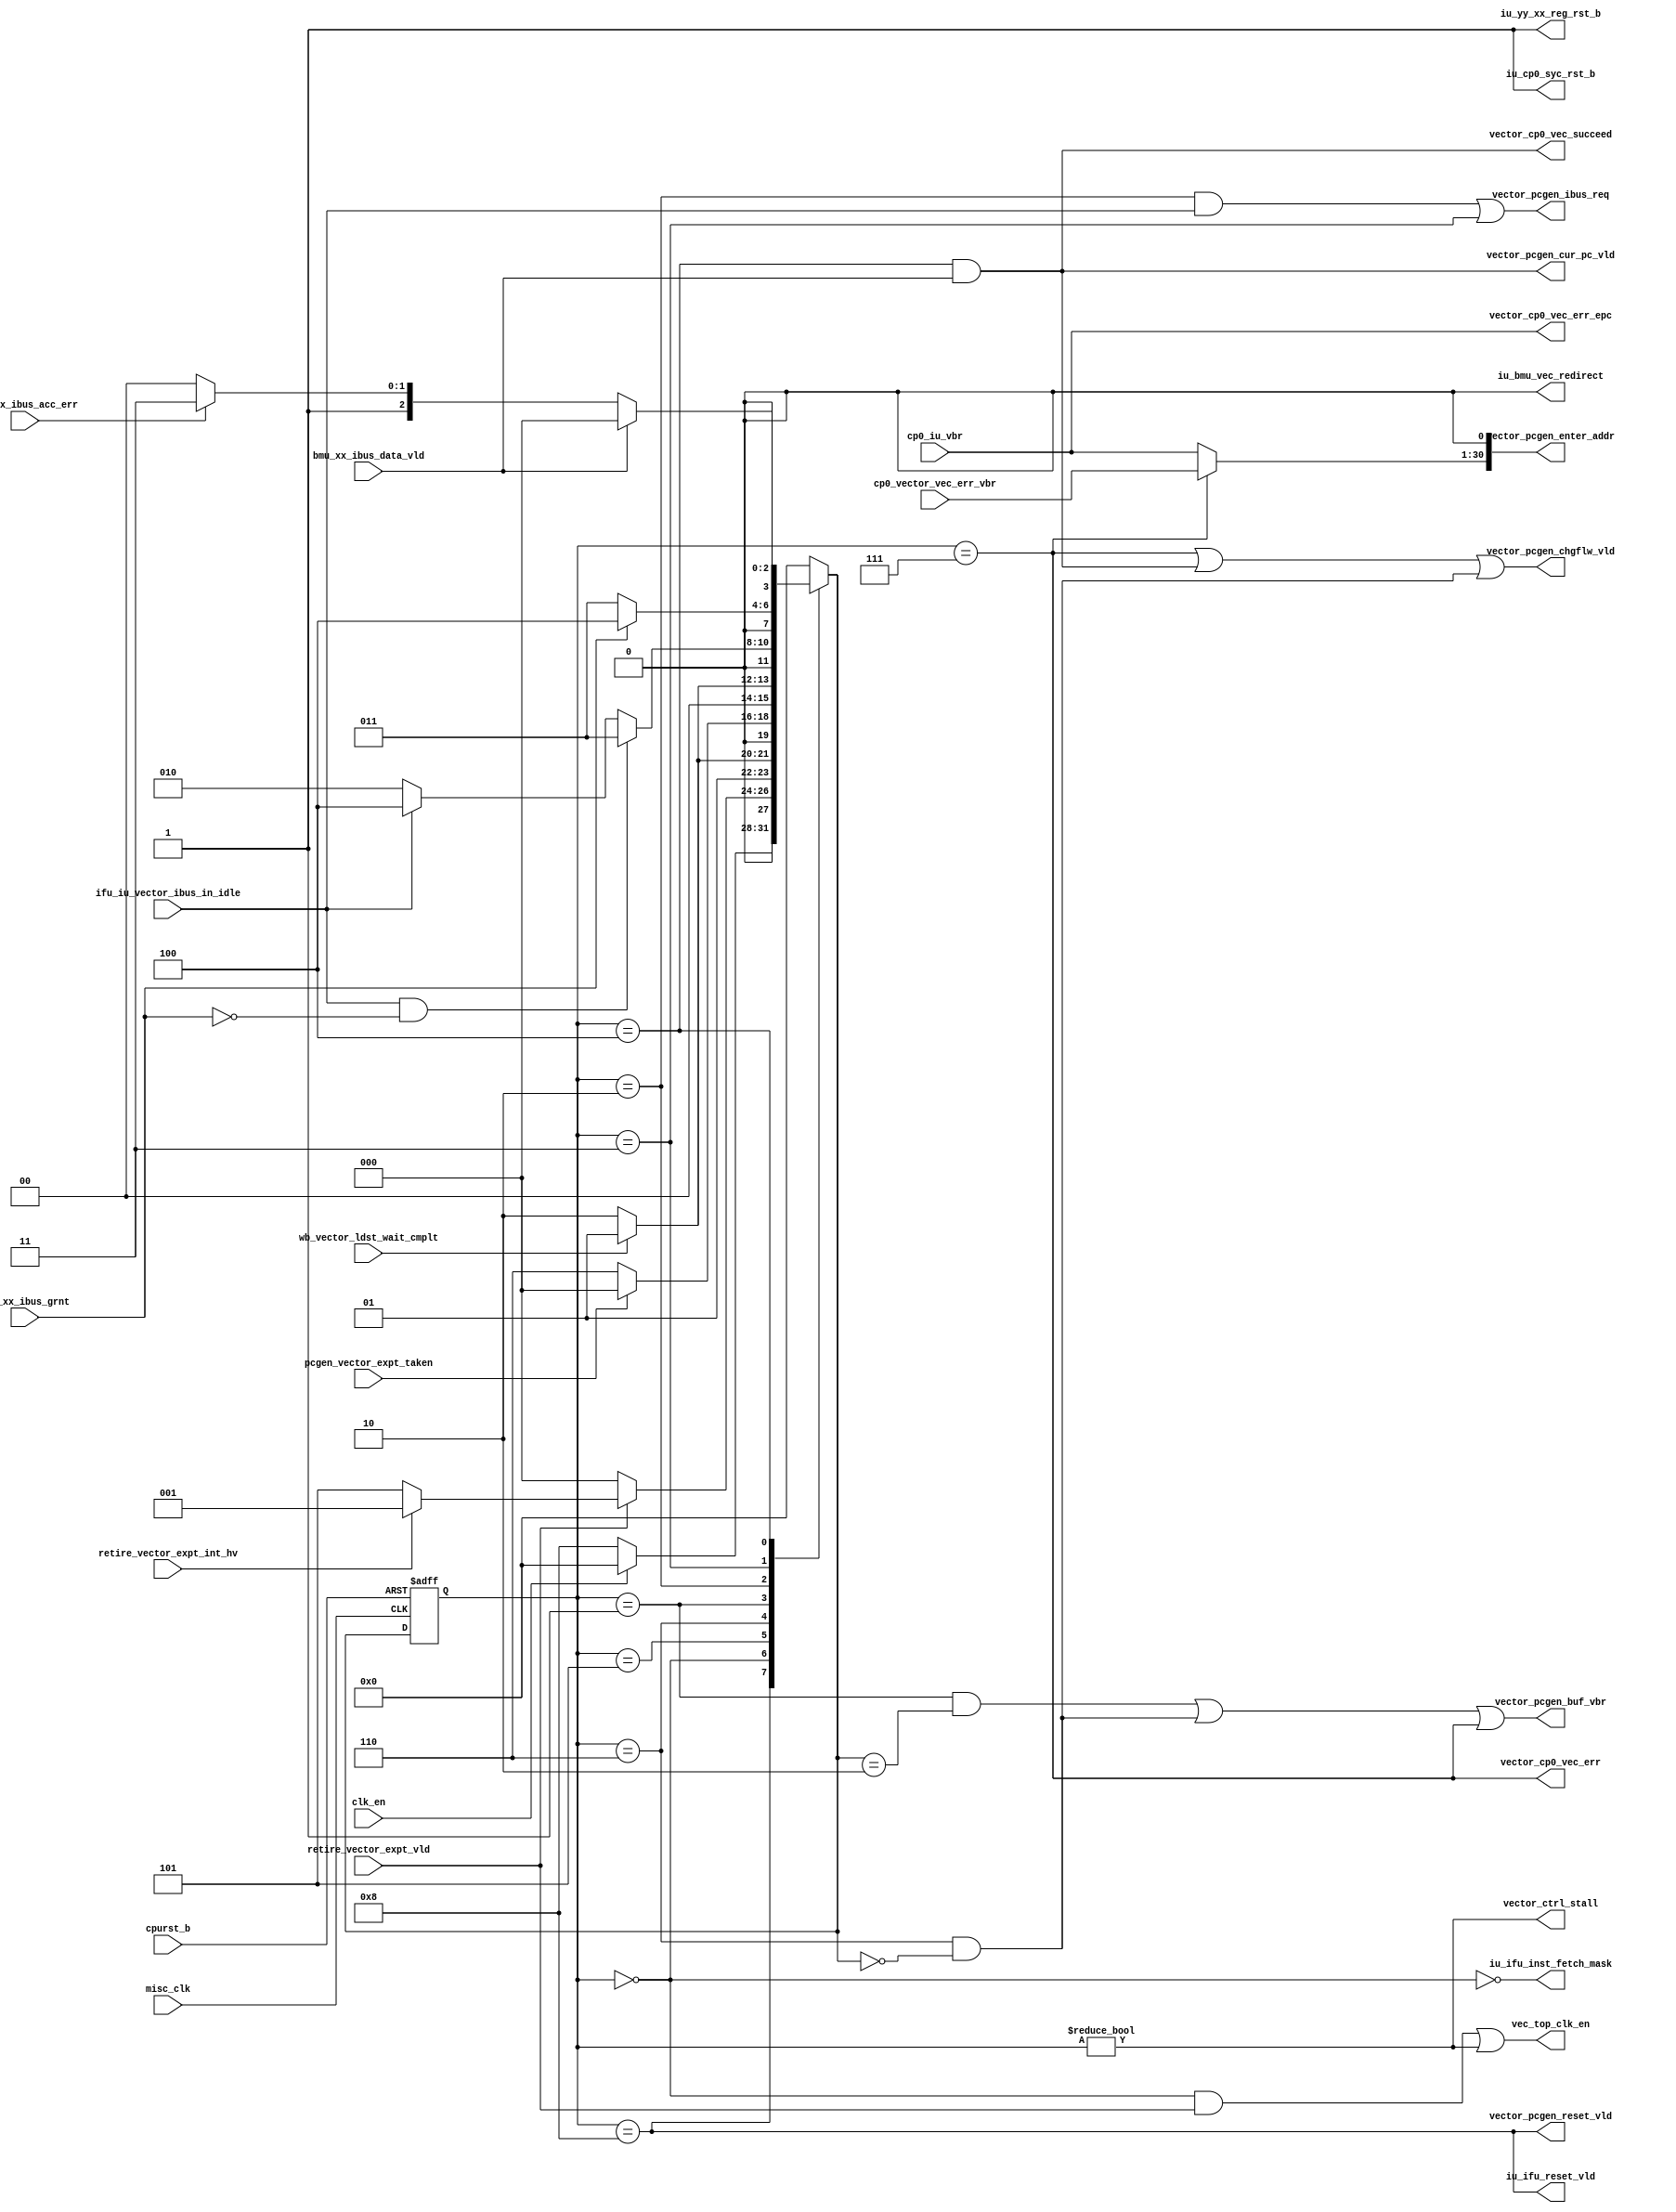
// This program was cloned from: https://github.com/T-head-Semi/opene902
// License: Apache License 2.0

/*Copyright 2018-2021 T-Head Semiconductor Co., Ltd.

Licensed under the Apache License, Version 2.0 (the "License");
you may not use this file except in compliance with the License.
You may obtain a copy of the License at

    http://www.apache.org/licenses/LICENSE-2.0

Unless required by applicable law or agreed to in writing, software
distributed under the License is distributed on an "AS IS" BASIS,
WITHOUT WARRANTIES OR CONDITIONS OF ANY KIND, either express or implied.
See the License for the specific language governing permissions and
limitations under the License.
*/
module cr_iu_vector(
  bmu_xx_ibus_acc_err,
  bmu_xx_ibus_data_vld,
  bmu_xx_ibus_grnt,
  clk_en,
  cp0_iu_vbr,
  cp0_vector_vec_err_vbr,
  cpurst_b,
  ifu_iu_vector_ibus_in_idle,
  iu_bmu_vec_redirect,
  iu_cp0_syc_rst_b,
  iu_ifu_inst_fetch_mask,
  iu_ifu_reset_vld,
  iu_yy_xx_reg_rst_b,
  misc_clk,
  pcgen_vector_expt_taken,
  retire_vector_expt_int_hv,
  retire_vector_expt_vld,
  vec_top_clk_en,
  vector_cp0_vec_err,
  vector_cp0_vec_err_epc,
  vector_cp0_vec_succeed,
  vector_ctrl_stall,
  vector_pcgen_buf_vbr,
  vector_pcgen_chgflw_vld,
  vector_pcgen_cur_pc_vld,
  vector_pcgen_enter_addr,
  vector_pcgen_ibus_req,
  vector_pcgen_reset_vld,
  wb_vector_ldst_wait_cmplt
);

// &Ports; @24
input           bmu_xx_ibus_acc_err;        
input           bmu_xx_ibus_data_vld;       
input           bmu_xx_ibus_grnt;           
input           clk_en;                     
input   [29:0]  cp0_iu_vbr;                 
input   [29:0]  cp0_vector_vec_err_vbr;     
input           cpurst_b;                   
input           ifu_iu_vector_ibus_in_idle; 
input           misc_clk;                   
input           pcgen_vector_expt_taken;    
input           retire_vector_expt_int_hv;  
input           retire_vector_expt_vld;     
input           wb_vector_ldst_wait_cmplt;  
output          iu_bmu_vec_redirect;        
output          iu_cp0_syc_rst_b;           
output          iu_ifu_inst_fetch_mask;     
output          iu_ifu_reset_vld;           
output          iu_yy_xx_reg_rst_b;         
output          vec_top_clk_en;             
output          vector_cp0_vec_err;         
output  [29:0]  vector_cp0_vec_err_epc;     
output          vector_cp0_vec_succeed;     
output          vector_ctrl_stall;          
output          vector_pcgen_buf_vbr;       
output          vector_pcgen_chgflw_vld;    
output          vector_pcgen_cur_pc_vld;    
output  [30:0]  vector_pcgen_enter_addr;    
output          vector_pcgen_ibus_req;      
output          vector_pcgen_reset_vld;     

// &Regs; @25
reg     [3 :0]  cur_state;                  
reg     [3 :0]  next_state;                 

// &Wires; @26
wire            bmu_xx_ibus_acc_err;        
wire            bmu_xx_ibus_data_vld;       
wire            bmu_xx_ibus_grnt;           
wire            clk_en;                     
wire    [29:0]  cp0_iu_vbr;                 
wire    [29:0]  cp0_vector_vec_err_vbr;     
wire            cpurst_b;                   
wire            expt_non_vec;               
wire            hs_split_iu_hs_stall_vector; 
wire            ifu_iu_vector_ibus_in_idle; 
wire            iu_bmu_vec_redirect;        
wire            iu_cp0_syc_rst_b;           
wire            iu_ifu_inst_fetch_mask;     
wire            iu_ifu_reset_vld;           
wire            iu_yy_xx_hs_acc_err;        
wire            iu_yy_xx_reg_rst_b;         
wire            misc_clk;                   
wire            pcgen_vector_expt_taken;    
wire            reg_rst_b;                  
wire            retire_vector_expt_int_hv;  
wire            retire_vector_expt_vld;     
wire            vec_top_clk_en;             
wire            vector_cp0_vec_err;         
wire    [29:0]  vector_cp0_vec_err_epc;     
wire            vector_cp0_vec_succeed;     
wire            vector_ctrl_stall;          
wire            vector_cur_pc_vld;          
wire            vector_pcgen_buf_vbr;       
wire            vector_pcgen_chgflw_vld;    
wire            vector_pcgen_cur_pc_vld;    
wire    [30:0]  vector_pcgen_enter_addr;    
wire            vector_pcgen_ibus_req;      
wire            vector_pcgen_reset_vld;     
wire            wb_vector_ldst_wait_cmplt;  

parameter IDLE        = 4'b0000;
parameter BUF_VBR     = 4'b0001;
parameter WAIT_IDLE   = 4'b0010;
parameter WAIT_GRANT  = 4'b0011;
parameter WAIT_DATA   = 4'b0100;
parameter NONVEC_WAIT = 4'b0101;
parameter NONVEC_WAIT_IDLE = 4'b0110;
parameter VEC_ERR     = 4'b0111;
parameter RESET       = 4'b1000;

//-----------------------------------------------------
// value for request address
//-----------------------------------------------------
assign vector_pcgen_enter_addr[30:1] = (cur_state == VEC_ERR) ? 
                                        cp0_vector_vec_err_vbr[29:0] 
                                        : cp0_iu_vbr[29:0];
assign vector_pcgen_enter_addr[0]    = 1'b0;

//-----------------------------------------------------
// exception service routine change flow
//-----------------------------------------------------
//the change flow pc will firstly update into current
//pc register, and than change flow from register,
//avoide memory to memory path
//==========================================================
//          Interface with ibus and IFU change flow
//==========================================================
assign iu_ifu_inst_fetch_mask = !(cur_state == IDLE);

assign vec_top_clk_en = (cur_state == IDLE)
                          && retire_vector_expt_vld
                     || (cur_state != IDLE)
                     || iu_yy_xx_hs_acc_err;

//the syc reset signal for registers
assign reg_rst_b =1'b1;

assign iu_yy_xx_reg_rst_b = reg_rst_b;
assign iu_cp0_syc_rst_b   = reg_rst_b;

//assign iu_sysyio_soft_rst = 1'b0;

assign iu_bmu_vec_redirect = 1'b0;
assign iu_yy_xx_hs_acc_err =1'b0;
assign hs_split_iu_hs_stall_vector = 1'b0;
// when in CLIC vector mode, the vector will start a statemachine
// to fetch the new vector entrence.
//-------------------FSM of vec logic-----------------
// State Description:
// IDLE       : no exception
// WAIT_IDLE  : wait ibus idle after exception
// WAIT_GRANT : hold request unitl ibus acknowledge grant
// WAIT_DATA  : wait transcmplt of ibus
// RESET      : reset state
//-----------------------------------------------------
always @(posedge misc_clk or negedge cpurst_b)
begin
  if(!cpurst_b)
    cur_state[3:0] <= RESET;
  else
    cur_state[3:0] <= next_state[3:0];
end
//-----------------------------------------------------
// State change signals
//-----------------------------------------------------
assign expt_non_vec  = !retire_vector_expt_int_hv ;
// &CombBeg; @117
always @( cur_state
       or iu_yy_xx_hs_acc_err
       or ifu_iu_vector_ibus_in_idle
       or bmu_xx_ibus_data_vld
       or pcgen_vector_expt_taken
       or bmu_xx_ibus_acc_err
       or expt_non_vec
       or hs_split_iu_hs_stall_vector
       or retire_vector_expt_vld
       or wb_vector_ldst_wait_cmplt
       or bmu_xx_ibus_grnt
       or clk_en)
begin
  case(cur_state)
  RESET       : if(clk_en)
                  next_state = IDLE;
                else
                  next_state = RESET;
  IDLE        : if((retire_vector_expt_vld))
                  next_state = expt_non_vec ? NONVEC_WAIT : BUF_VBR;
                else if(iu_yy_xx_hs_acc_err)
                  next_state = NONVEC_WAIT;
                else
                  next_state = IDLE;
  NONVEC_WAIT:  if(wb_vector_ldst_wait_cmplt)
                  next_state = NONVEC_WAIT;
                else if(iu_yy_xx_hs_acc_err)
                  next_state = NONVEC_WAIT;
                else if(hs_split_iu_hs_stall_vector)
                  next_state = NONVEC_WAIT;
                else 
                  next_state = NONVEC_WAIT_IDLE;
  NONVEC_WAIT_IDLE: if(pcgen_vector_expt_taken)
                  next_state = IDLE;
                    else
                  next_state = NONVEC_WAIT_IDLE;
  BUF_VBR     : if(wb_vector_ldst_wait_cmplt)
                  next_state = BUF_VBR;
                else if(iu_yy_xx_hs_acc_err)
                  next_state = NONVEC_WAIT;
                else if(hs_split_iu_hs_stall_vector)
                  next_state = BUF_VBR;
                else 
                  next_state = WAIT_IDLE;
  WAIT_IDLE   : if(ifu_iu_vector_ibus_in_idle && !bmu_xx_ibus_grnt)
                  next_state = WAIT_GRANT;
                else if(ifu_iu_vector_ibus_in_idle)
                  next_state = WAIT_DATA;
                else 
                  next_state = WAIT_IDLE;
  WAIT_GRANT  : if(bmu_xx_ibus_grnt)
                  next_state = WAIT_DATA;
                else
                  next_state = WAIT_GRANT;
  WAIT_DATA   : if(bmu_xx_ibus_data_vld)
                  next_state = IDLE;
                else if(bmu_xx_ibus_acc_err)
                  next_state = VEC_ERR;
                else
                  next_state = WAIT_DATA;
  VEC_ERR     : next_state   = IDLE;
  default     : next_state   = IDLE;
  endcase
// &CombEnd; @168
end

assign vector_pcgen_buf_vbr = ((cur_state == BUF_VBR)
                           && (next_state == WAIT_IDLE))
                           || ((cur_state == NONVEC_WAIT_IDLE)      //non vec vbr   
                               && (next_state == IDLE)) 
                           ||
                           (cur_state == VEC_ERR);            // vec error vbr
assign vector_pcgen_ibus_req = (cur_state == WAIT_IDLE)
                                && ifu_iu_vector_ibus_in_idle
                            || (cur_state == WAIT_GRANT);
//-----------------------------------------------------
// exception service routine change flow
//-----------------------------------------------------
//the change flow pc will firstly update into current
//pc register, and than change flow from register,
//avoide memory to memory path
assign vector_cur_pc_vld = (cur_state == VEC_ERR) ||    // the vec error
                           (cur_state == WAIT_DATA)
                           && bmu_xx_ibus_data_vld ||   // regular vec
                           ((cur_state == NONVEC_WAIT_IDLE)  // non vec mode
                           && (next_state == IDLE))
                           ;
assign vector_pcgen_cur_pc_vld = (cur_state == WAIT_DATA)
                                 && bmu_xx_ibus_data_vld;

//exception service routine request change flow after
//ibus transcmplt data valid
//if access error, vector will not change flow and vector
//state machine is back to IDLE, the normal instruction 
//after exception instruction will pipedown after vector
//stall clear
assign vector_pcgen_chgflw_vld = vector_cur_pc_vld;
assign vector_pcgen_reset_vld  = cur_state == RESET;
assign iu_ifu_reset_vld        = cur_state == RESET;

assign vector_ctrl_stall       = (cur_state!=IDLE);
assign vector_cp0_vec_err      = (cur_state == VEC_ERR);      
assign vector_cp0_vec_err_epc[29:0] = cp0_iu_vbr[29:0];
assign vector_cp0_vec_succeed   = (cur_state == WAIT_DATA)
                                 && bmu_xx_ibus_data_vld;
// &Force("ouput","vector_pcgen_cur_pc_vld"); @227

// &ModuleEnd; @229
endmodule